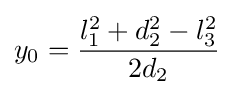
y_{0}={l_{1}^{2}+d_{2}^{2}-l_{3}^{2} \over 2d_{2}}